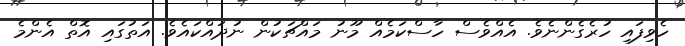
ހެވިފައި ހުރެގެންނެވެ. އެއްވެސް ހާސްކަމެއް މޫނު މައްޗަކުން ނުދައްކައެވެ. އަތުގައި އޮތް އެންމެ